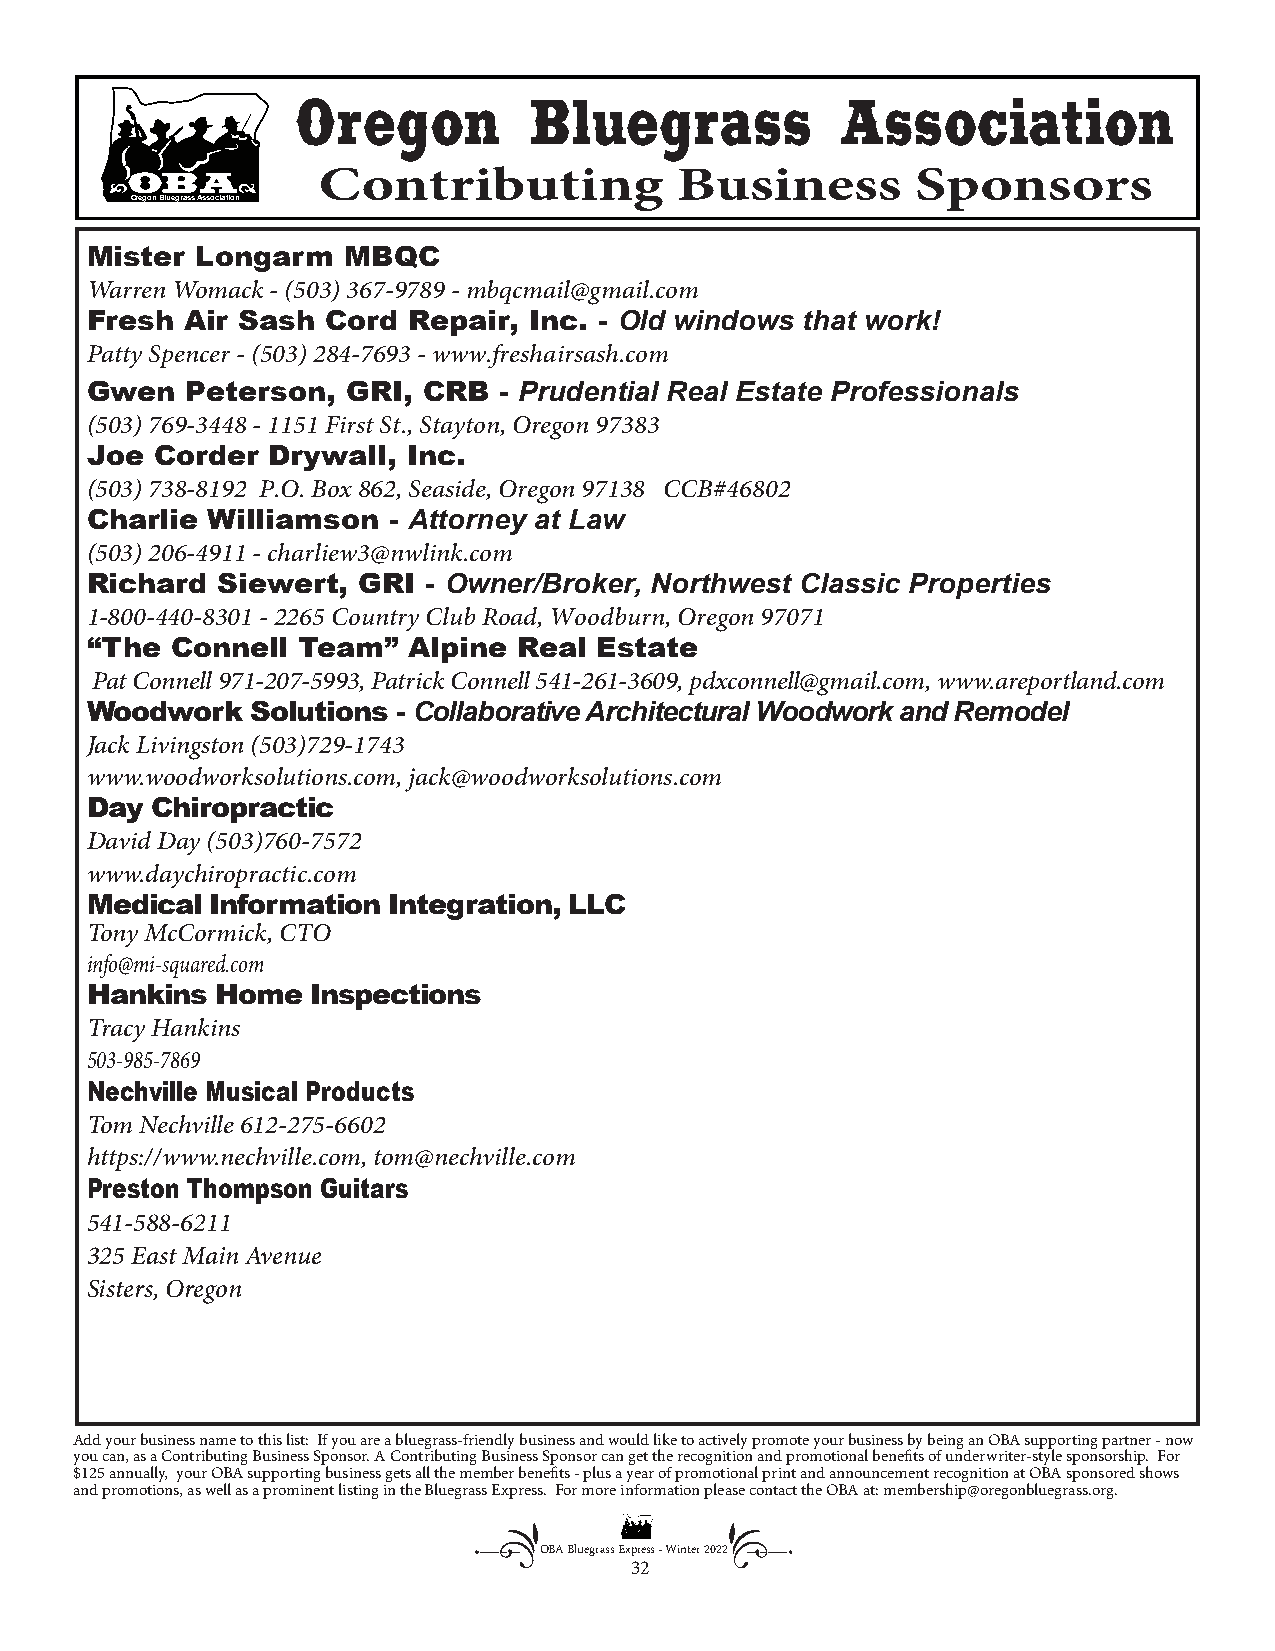
Oregon         Bluegrass            Association
 Contributing            Business        Sponsors
 Oregon Bluegrass Association
 Mister Longarm   MBQC
 Warren Womack - (503) 367-9789 - mbqcmail@gmail.com
 Fresh Air Sash  Cord Repair, Inc. - Old windows that work!
 Patty Spencer - (503) 284-7693 - www.freshairsash.com
 Gwen  Peterson,  GRI, CRB  - Prudential Real Estate Professionals
 (503) 769-3448 - 1151 First St., Stayton, Oregon 97383
 Joe Corder  Drywall, Inc.
 (503) 738-8192 P.O. Box 862, Seaside, Oregon 97138 CCB#46802
 Charlie Williamson  - Attorney at Law
 (503) 206-4911 - charliew3@nwlink.com
 Richard Siewert,  GRI - Owner/Broker, Northwest Classic Properties
 1-800-440-8301 - 2265 Country Club Road, Woodburn, Oregon 97071
 “The Connell  Team”  Alpine Real  Estate
 Pat Connell 971-207-5993, Patrick Connell 541-261-3609, pdxconnell@gmail.com, www.areportland.com
 Woodwork   Solutions - Collaborative Architectural Woodwork and Remodel
 Jack Livingston (503)729-1743
 www.woodworksolutions.com, jack@woodworksolutions.com
 Day Chiropractic
 David Day (503)760-7572
 www.daychiropractic.com
 Medical Information Integration, LLC
 Tony McCormick, CTO
 info@mi-squared.com
 Hankins Home   Inspections
 Tracy Hankins
 503-985-7869
 Nechville Musical Products
 Tom Nechville 612-275-6602
 https://www.nechville.com, tom@nechville.com
 Preston Thompson Guitars
 541-588-6211
 325 East Main Avenue
 Sisters, Oregon
 Add your business name to this list: If you are a bluegrass-friendly business and would like to actively promote your business by being an OBA supporting partner - now
 you can, as a Contributing Business Sponsor. A Contributing Business Sponsor can get the recognition and promotional benefits of underwriter-style sponsorship. For
 $125 annually, your OBA supporting business gets all the member benefits - plus a year of promotional print and announcement recognition at OBA sponsored shows
 and promotions, as well as a prominent listing in the Bluegrass Express. For more information please contact the OBA at: membership@oregonbluegrass.org.
 OBA Bluegrass Express - Winter 2022
 32